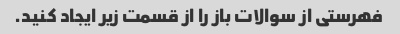
فهرستی از سوالات باز را از قسمت زیر ایجاد کنید.